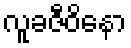
လူခဇီဝိနော